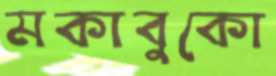
মকাবুকো